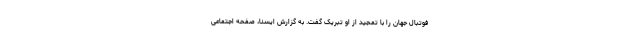
فوتبال جهان را با تمجید از او تبریک گفت. به گزارش ایسنا، صفحه اجتماعی